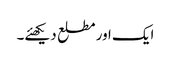
ایک اور مطلع دیکھئے۔